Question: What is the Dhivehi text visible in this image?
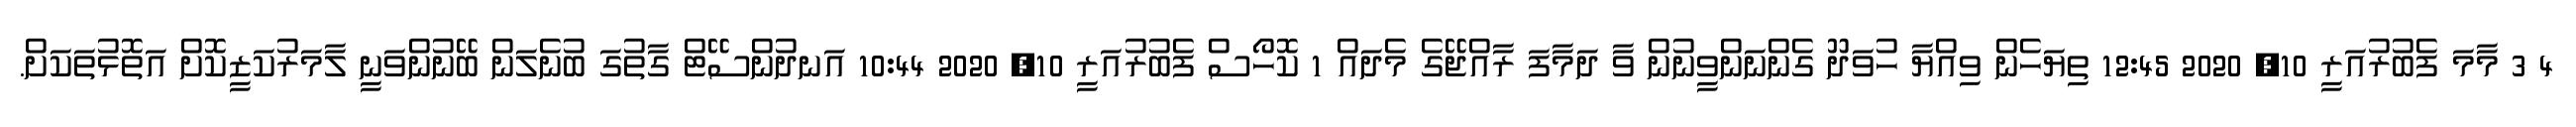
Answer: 4 3 މާމަ ފެބުރުއަރީ 10, 2020 12:45 ތިޔަހެން ވިއްޔާ ހުވަދޫ ގެންނަންވީނުން ވާ ދަމާފަ ރާއްޖޭގެ މެދައް 1 ކޮހޯސް ފެބުރުއަރީ 10, 2020 10:44 އަނދުންސޭޓް ގާތުގަ ބުނެލަން ބޭނުންވަނީ ލާމަރުކަޒީކޮށް އަތޮޅުތަކަށް.